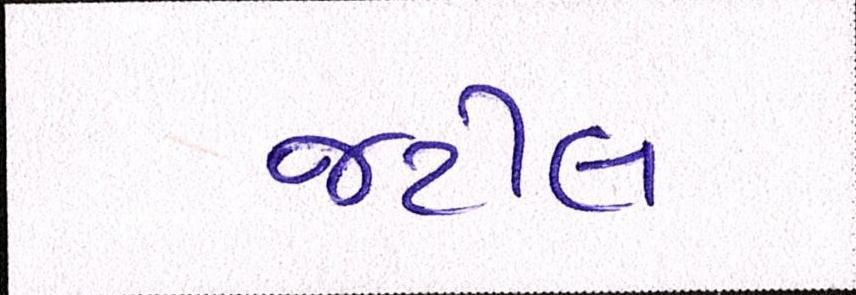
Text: જટીલ